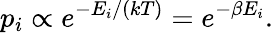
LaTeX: p_{i}\propto e^{-E_{i}/(kT)}=e^{-\beta E_{i}}.